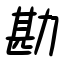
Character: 勘